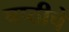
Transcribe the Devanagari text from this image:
षष्ठीचे